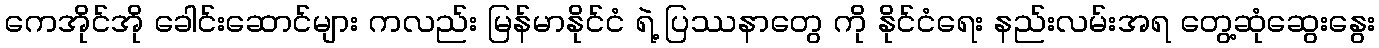
ကေအိုင်အို ခေါင်းဆောင်များ ကလည်း မြန်မာနိုင်ငံ ရဲ့ ပြဿနာတွေ ကို နိုင်ငံရေး နည်းလမ်းအရ တွေ့ဆုံဆွေးနွေး